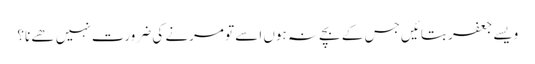
ویسے جعفر بتائیں جس کے بچے نہ ہوں اسے تو مرنے کی ضرورت نہیں ھے نا؟